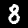
Digit: 8